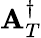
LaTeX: {\mathbf A}_{T}^{\dagger}